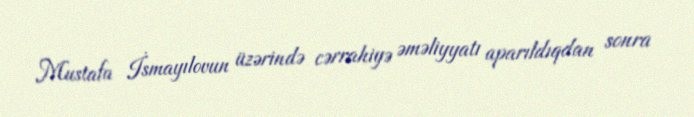
Mustafa İsmayılovun üzərində cərrahiyə əməliyyatı aparıldıqdan sonra